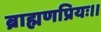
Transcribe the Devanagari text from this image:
ब्राह्मणप्रियः।।